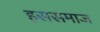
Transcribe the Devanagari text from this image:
इससमाज